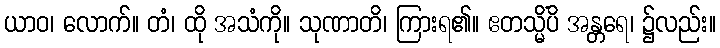
ယာဝ၊ လောက်။ တံ၊ ထို အသံကို။ သုဏာတိ၊ ကြားရ၏။ ဧတသ္မိံပိ အန္တရေ၊ ၌လည်း။